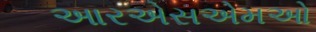
આરએસએમઓ